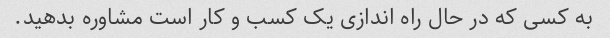
به کسی که در حال راه اندازی یک کسب و کار است مشاوره بدهید.